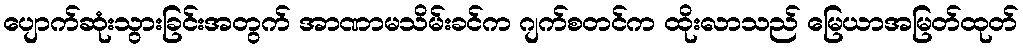
ပျောက်ဆုံးသွားခြင်းအတွက် အာဏာမသိမ်းခင်က ဂျက်စတင်က ထိုးလာသည် မြေယာအမြတ်ထုတ်